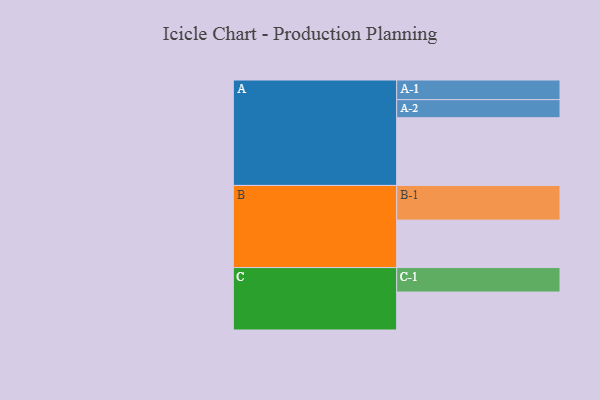
{"axis": {"x": "Segment", "y": "Value"}, "legend": ["", "A", "B", "C"], "data": [{"x": "A", "y": 576, "type": ""}, {"x": "B", "y": 404, "type": ""}, {"x": "C", "y": 323, "type": ""}, {"x": "A-1", "y": 167, "type": "A"}, {"x": "A-2", "y": 154, "type": "A"}, {"x": "B-1", "y": 295, "type": "B"}, {"x": "C-1", "y": 208, "type": "C"}]}